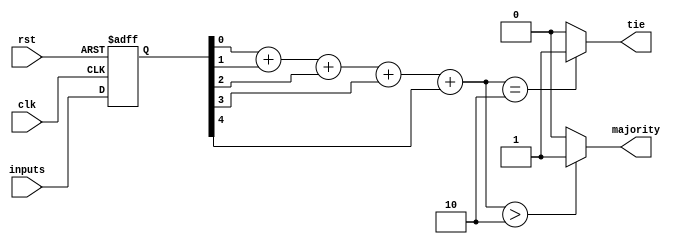
module majority_voting_detector (
    input wire clk,              // Clock signal
    input wire rst,              // Reset signal
    input wire [4:0] inputs,     // 5 input signals (5 bits: input0, input1, input2, input3, input4)
    output wire majority,        // Majority output (0 or 1)
    output wire tie             // Tie output (1 if tie, 0 otherwise)
);

// Memory Blocks
reg [4:0] memory; // 5 memory blocks to store input signals

// Reset memory blocks and capture input signals
always @(posedge clk or posedge rst) begin
    if (rst) begin
        memory <= 5'b0; // Initialize memory to 0
    end else begin
        memory <= inputs; // Store the inputs on the rising edge of clock
    end
end

// Voting Logic
wire [2:0] count; // Count of '1's in the inputs
assign count = memory[0] + memory[1] + memory[2] + memory[3] + memory[4];

// Determine majority and tie
assign majority = (count > 2) ? 1'b1 : 1'b0; // Majority is '1' if count of '1's > 2
assign tie = (count == 2) ? 1'b1 : 1'b0;     // Tie occurs if count of '1's is exactly 2

endmodule